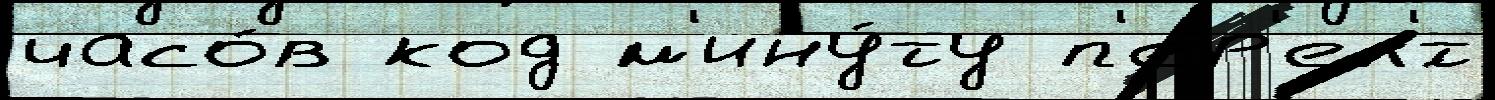
часо́в код м'ину́ту п'ер'ел'́т